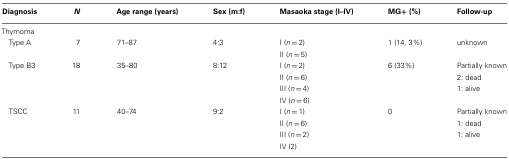
<table><thead><tr><td><b>Diagnosis</b></td><td><b><i>N</i></b></td><td><b>Age range (years)</b></td><td><b>Sex (m:f)</b></td><td><b>Masaoka stage (I–IV)</b></td><td><b>MG+ (%)</b></td><td><b>Follow-up</b></td></tr></thead><tbody><tr><td>Thymoma</td></tr><tr><td> Type A</td><td>7</td><td>71–87</td><td>4:3</td><td>I (<i>n</i> = 2)</td><td>1 (14, 3%)</td><td>unknown</td></tr><tr><td></td><td></td><td></td><td></td><td>II (<i>n</i> = 5)</td><td></td><td></td></tr><tr><td> Type B3</td><td>18</td><td>35–80</td><td>8:12</td><td>I (<i>n</i> = 2)</td><td>6 (33%)</td><td>Partially known</td></tr><tr><td></td><td></td><td></td><td></td><td>II (<i>n</i> = 6)</td><td></td><td>2: dead</td></tr><tr><td></td><td></td><td></td><td></td><td>III (<i>n</i> = 4)</td><td></td><td>1: alive</td></tr><tr><td></td><td></td><td></td><td></td><td>IV (<i>n</i> = 6)</td><td></td><td></td></tr><tr><td> TSCC</td><td>11</td><td>40–74</td><td>9:2</td><td>I (<i>n</i> = 1)</td><td>0</td><td>Partially known</td></tr><tr><td></td><td></td><td></td><td></td><td>II (<i>n</i> = 6)</td><td></td><td>1: dead</td></tr><tr><td></td><td></td><td></td><td></td><td>III (<i>n</i> = 2)</td><td></td><td>1: alive</td></tr><tr><td></td><td></td><td></td><td></td><td>IV (2)</td><td></td><td></td></tr></tbody></table>